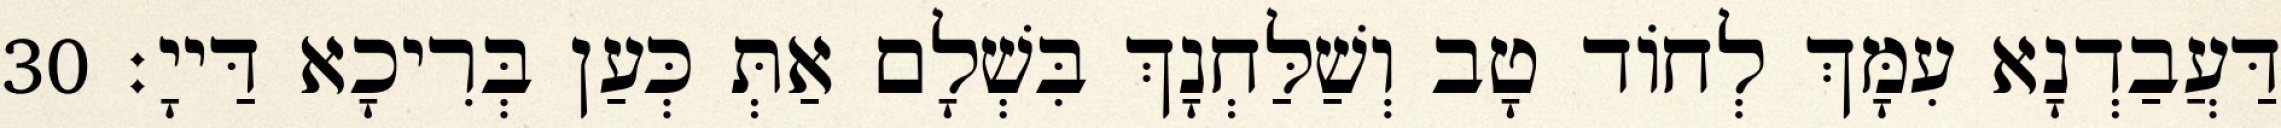
דַּעֲבַדְנָא עִמָּךְ לְחוֹד טָב וְשַׁלַּחְנָךְ בִּשְׁלָם אַתְּ כְּעַן בְּרִיכָא דַּייָ׃ 30